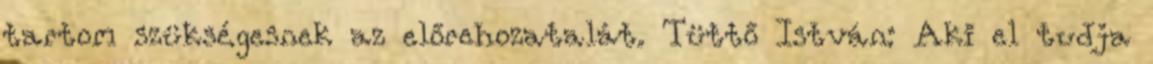
tartom szükségesnek az előrehozatalát. Tüttő István: Aki el tudja